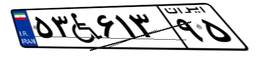
۵۳W۶۱۳۹۵